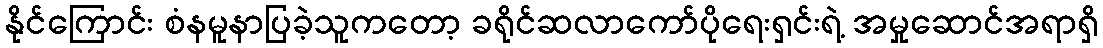
နိုင်ကြောင်း စံနမူနာပြခဲ့သူကတော့ ခရိုင်ဆလာကော်ပိုရေးရှင်းရဲ့ အမှုဆောင်အရာရှိ